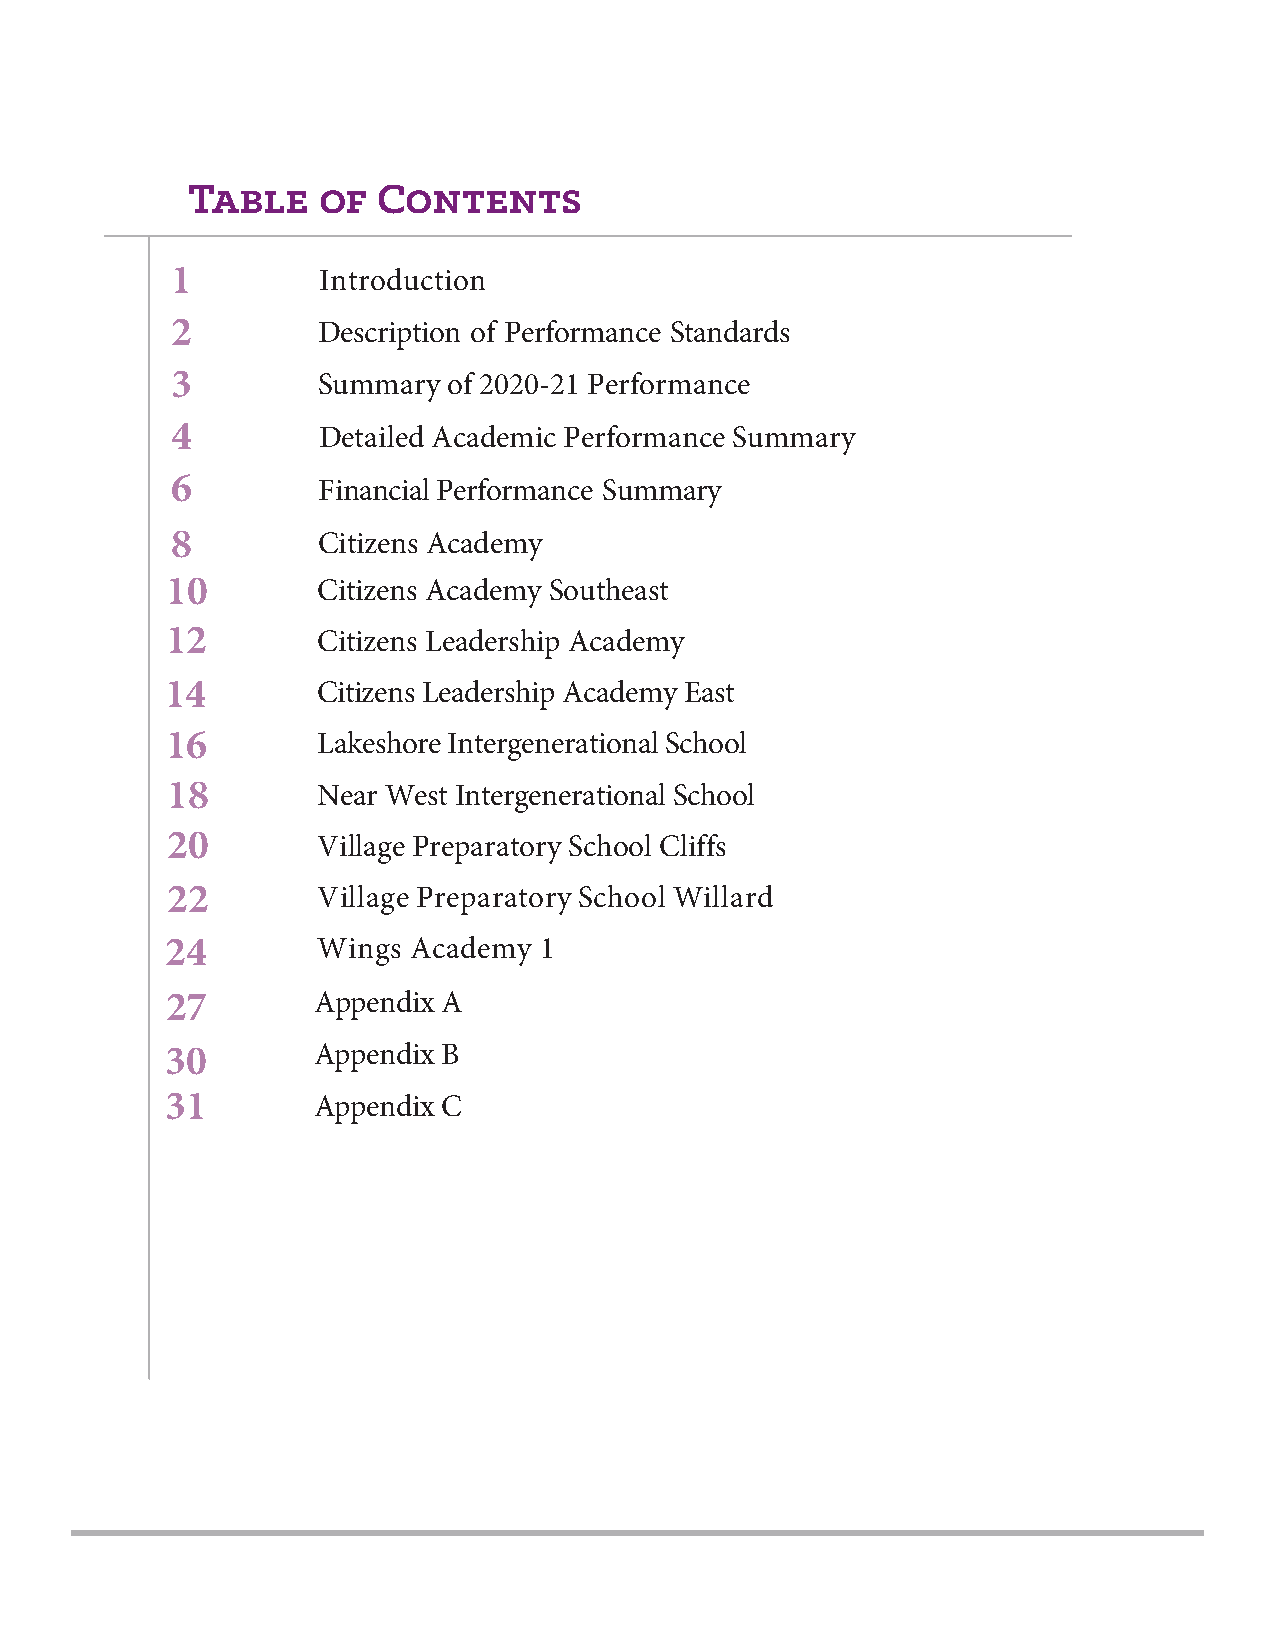
Table    of  Contents
 1         Introduction
 2         Description of Performance Standards
 3         Summary  of 2020-21 Performance
 4         Detailed Academic Performance Summary
 6         Financial Performance Summary
 8         Citizens Academy
 10        Citizens Academy Southeast
 12        Citizens Leadership Academy
 14        Citizens Leadership Academy East
 16        Lakeshore Intergenerational School
 18        Near West Intergenerational School
 20        Village Preparatory School Cliffs
 22        Village Preparatory School Willard
 24        Wings Academy  1
 27        Appendix A
 30        Appendix B
 31        Appendix C